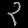
Digit: ၃